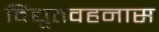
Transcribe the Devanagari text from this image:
विद्युतवहनास